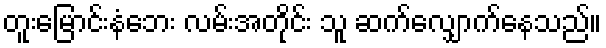
တူးမြောင်းနံဘေး လမ်းအတိုင်း သူ ဆက်လျှောက်နေသည်။